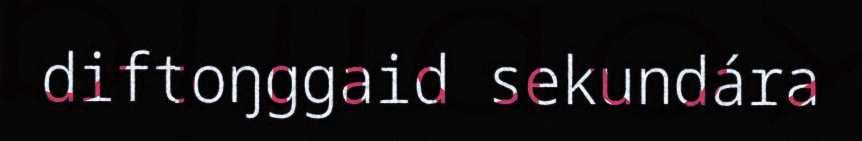
diftoŋggaid sekundára